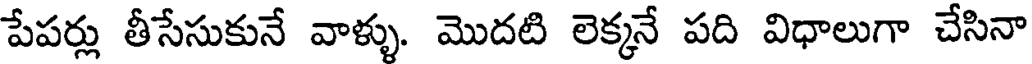
పేపర్లు తీసేసుకునే వాళ్ళు. మొదటి లెక్కనే పది విధాలుగా చేసినా